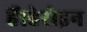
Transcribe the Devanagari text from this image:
हैं।हेरोइन